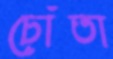
চোঁতা